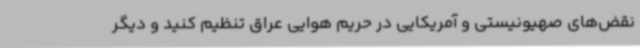
نقض‌های صهیونیستی و آمریکایی در حریم هوایی عراق تنظیم کنید و دیگر